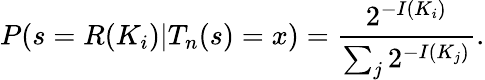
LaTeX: P(s=R(K_{i})|T_{n}(s)=x)={\frac{2^{-I(K_{i})}}{\sum_{j}2^{-I(K_{j})}}}.